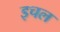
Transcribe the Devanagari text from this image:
इचल